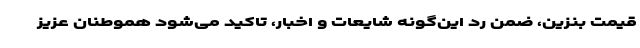
قیمت بنزین، ضمن رد این‌گونه شایعات و اخبار، تاکید می‌شود هموطنان عزیز